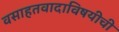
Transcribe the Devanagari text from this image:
वसाहतवादाविषयीची